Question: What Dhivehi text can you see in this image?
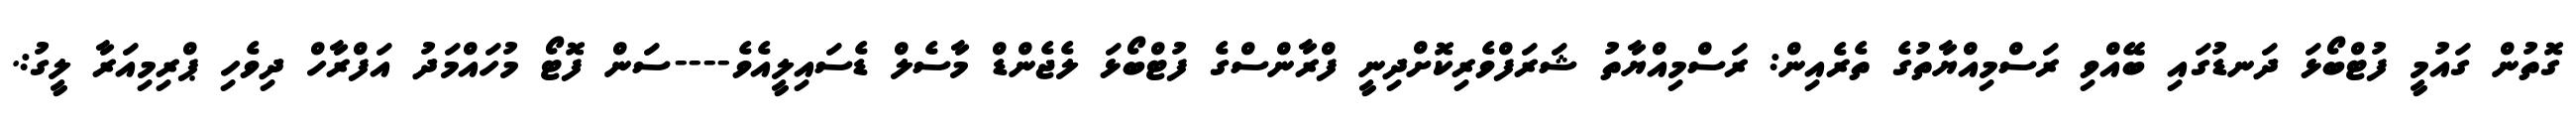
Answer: ގޮތުން ގައުމީ ފުޓްބޯޅަ ދަނޑުގައި ބޭއްވި ރަސްމިއްޔާތުގެ ތެރެއިން: ރަސްމިއްޔާތު ޝަރަފްވެރިކޮށްދިނީ ފްރާންސްގެ ފުޓްބޯޅަ ލެޖެންޑް މާސެލް ޑެސައިލީއެވެ----ސަން ފޮޓޯ މުހައްމަދު އަފްރާހް ދިވެހި ޕްރިމިއަރާ ލީގު:.